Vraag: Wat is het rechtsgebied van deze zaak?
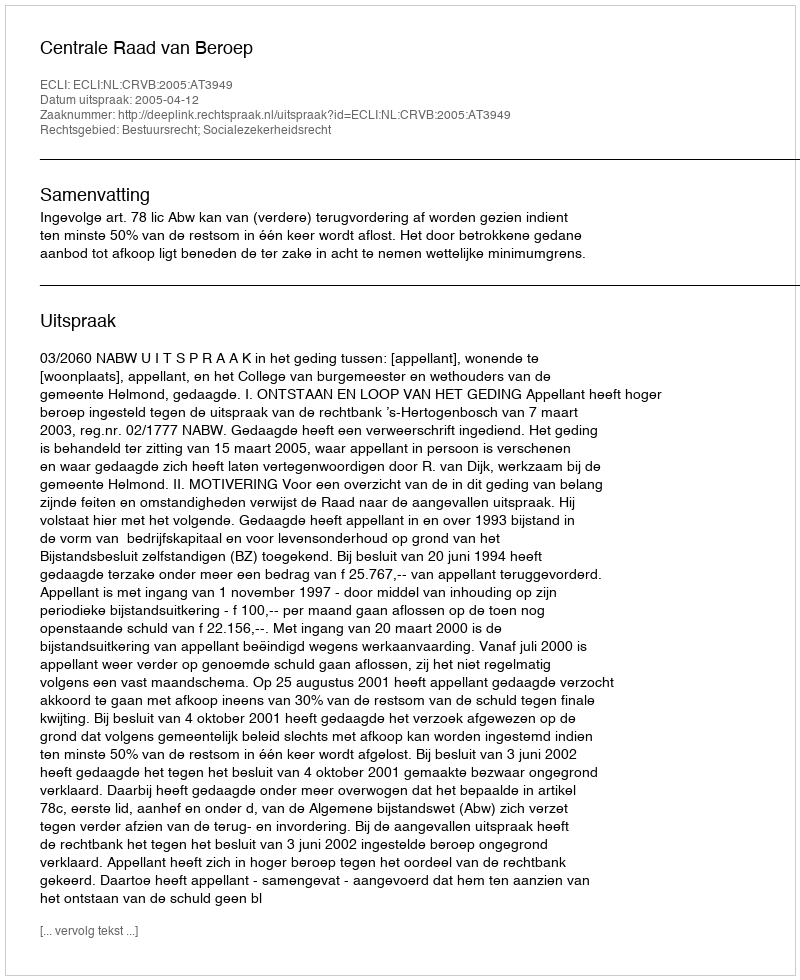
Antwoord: Bestuursrecht; Socialezekerheidsrecht